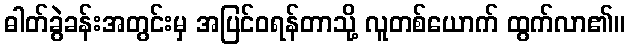
ဓါတ်ခွဲခန်းအတွင်းမှ အပြင်ဝရန်တာသို့ လူတစ်ယောက် ထွက်လာ၏။